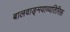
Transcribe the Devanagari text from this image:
बालवाङ्‌मयाव्यतिरिक्त